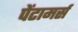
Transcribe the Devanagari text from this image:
पेंटामर्स